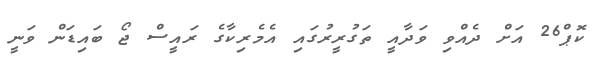
ކޮޕް26 އަށް ދެއްވި ވަދާއީ ތަގުރީރުގައި އެމެރިކާގެ ރައީސް ޖޯ ބައިޑަން ވަނީ